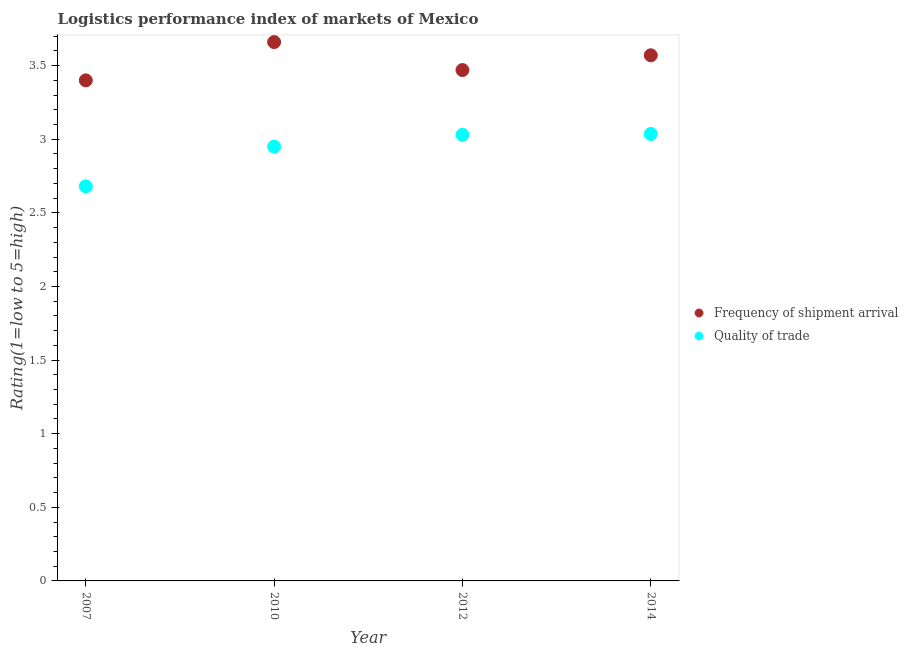
| Year | Frequency of shipment arrival | Quality of trade |
 | --- | --- | --- |
 | 2007 | 3.4 | 2.68 |
 | 2010 | 3.66 | 2.95 |
 | 2012 | 3.47 | 3.03 |
 | 2014 | 3.57 | 3.04 |